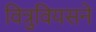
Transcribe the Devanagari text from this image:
वित्रुवियसने